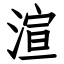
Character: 渲